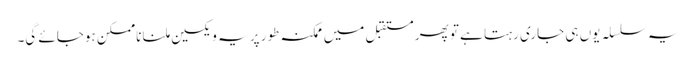
یہ سلسلہ یوں ہی جاری رہتا ہے تو پھر مستقبل میں ممکنہ طور پر یہ ویکسین ملنا ناممکن ہوجائے گی۔